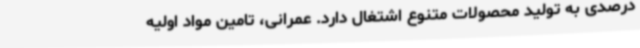
درصدی به تولید محصولات متنوع اشتغال دارد. عمرانی، تامین مواد اولیه